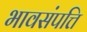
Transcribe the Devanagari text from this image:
भावसंपत्ति